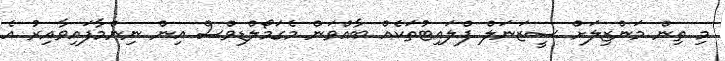
މި ތިން މަންޒިލަށް ސީޒަނަލް ފްލައިޓުތަކެއް ބާއްވަން މެގަމޯލްޑިވްސް އިން ނިންމާފައިވާއިރު އެ